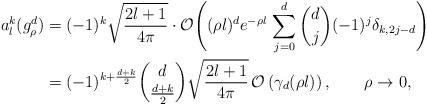
LaTeX: \begin{align*}a_l^k(g_\rho^d)&=(-1)^k\sqrt{\frac{2l+1}{4\pi}}\cdot\mathcal O\!\left((\rho l)^de^{-\rho l}\,\sum_{j=0}^d\binom{d}{j}(-1)^j\delta_{k,2j-d}\right)\\&=(-1)^{k+\frac{d+k}{2}}\binom{d}{\frac{d+k}{2}}\sqrt{\frac{2l+1}{4\pi}}\,\mathcal O\left(\gamma_d(\rho l)\right),\qquad\rho\to0,\end{align*}